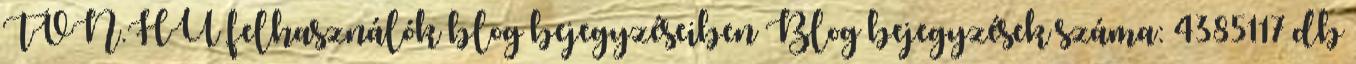
TVN.HU felhasználók blog bejegyzéseiben Blog bejegyzések száma: 4385117 db